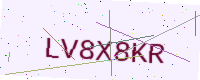
Text: LV8X8KR